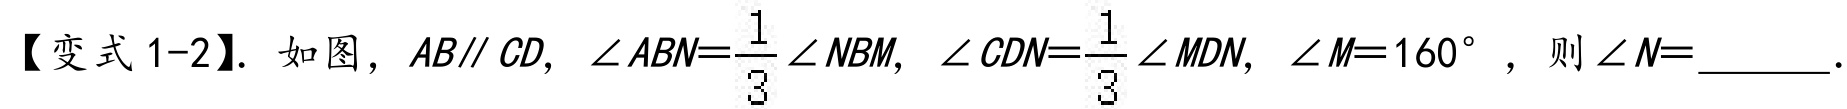
【变式 1-2】. 如图，\(AB\parallel CD\)，\(\angle ABN = \frac{1}{3}\angle NBM\)，\(\angle CDN=\frac{1}{3}\angle MDN\)，\(\angle M = 160^{\circ}\)，则\(\angle N=\underline{\quad\quad}\).